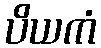
ပိယကံ